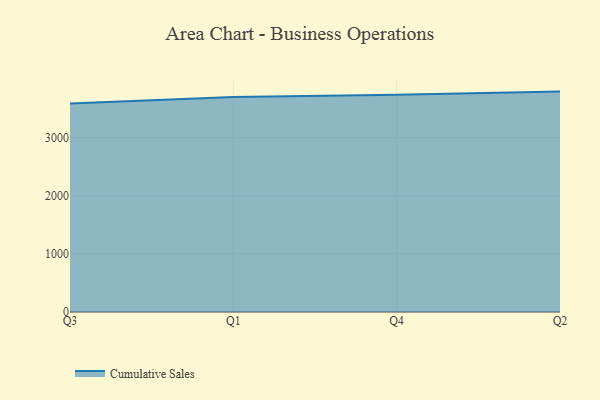
{"axis": {"x": "Quarter", "y": "Headcount"}, "legend": ["Cumulative Sales"], "data": [{"x": "Q3", "y": 3588.5, "type": "Cumulative Sales"}, {"x": "Q1", "y": 3699.1, "type": "Cumulative Sales"}, {"x": "Q4", "y": 3740.7, "type": "Cumulative Sales"}, {"x": "Q2", "y": 3793.8, "type": "Cumulative Sales"}]}